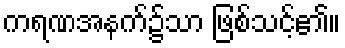
ကရဏအနက်၌သာ ဖြစ်သင့်၏။